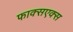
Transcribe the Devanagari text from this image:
फाक्सएक्स